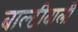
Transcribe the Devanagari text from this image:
बाल्टीवाली